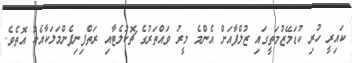
ކައިރީ ހުރި ކުޑަމޭޒުމަތީގައި ޒުލްފާއަށް އެންމެ މީރު ވައްތަރުގެ ޗޮކުލެޓާއި ރަތްފިނިފެންމަލަކާއެކު އޮތެވެ.